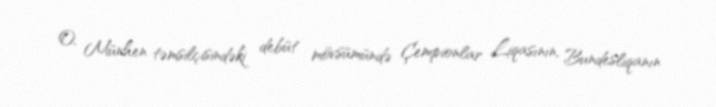
O, Münhen təmsilçisindəki debüt mövsümündə Çempionlar Liqasının, Bundesliqanın